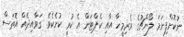
ނުކޮށްފިނަމަ ލޯންޗުގެ ވެރިމީހާ އާއި ކެޕްޓަން އެ ކުރީ ކުށެކެވެ. ގަވާއިދެއް އޮތަސް